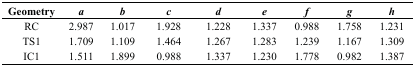
<table><thead><tr><td><b>Geometry</b></td><td><b><i>a</i></b></td><td><b><i>b</i></b></td><td><b><i>c</i></b></td><td><b><i>d</i></b></td><td><b><i>e</i></b></td><td><b><i>f</i></b></td><td><b><i>g</i></b></td><td><b><i>h</i></b></td></tr></thead><tbody><tr><td>RC</td><td>2.987</td><td>1.017</td><td>1.928</td><td>1.228</td><td>1.337</td><td>0.988</td><td>1.758</td><td>1.231</td></tr><tr><td>TS1</td><td>1.709</td><td>1.109</td><td>1.464</td><td>1.267</td><td>1.283</td><td>1.239</td><td>1.167</td><td>1.309</td></tr><tr><td>IC1</td><td>1.511</td><td>1.899</td><td>0.988</td><td>1.337</td><td>1.230</td><td>1.778</td><td>0.982</td><td>1.387</td></tr></tbody></table>